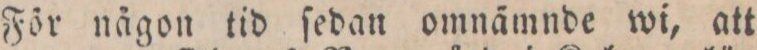
För någon tid ſedan omnämnde wi, att